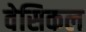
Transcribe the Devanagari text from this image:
वेसिकल